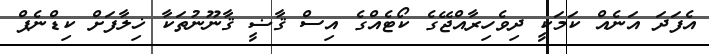
އެފަދަ އަނެއް ކަމަކީ ދިވެހިރާއްޖޭގެ ކޯޓެއްގެ އިސް ޤާޟީ ޤާނޫނުތަކާ ޚިލާފަށް ކިޑްނެޕް